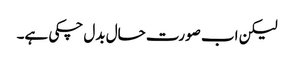
لیکن اب صورت حال بدل چکی ہے۔